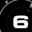
Digit: 6